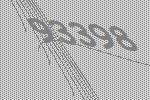
93398